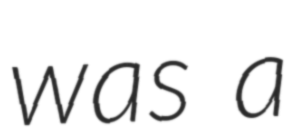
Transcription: was a